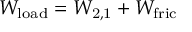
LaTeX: W _ { \mathrm { l o a d } } = W _ { \mathrm { 2 , 1 } } + W _ { \mathrm { f r i c } }